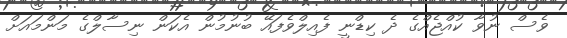
ވެސް ނުވާ ކުއްޖެއްގެ ދެ ކިޑްނީ ފެއިލްވެފައޭ ބުނުމުން އެކަން ނިސާލްގެ މަންމައަށް